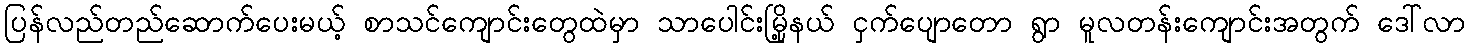
ပြန်လည်တည်ဆောက်ပေးမယ့် စာသင်ကျောင်းတွေထဲမှာ သာပေါင်းမြို့နယ် ငှက်ပျောတော ရွာ မူလတန်းကျောင်းအတွက် ဒေါ်လာ